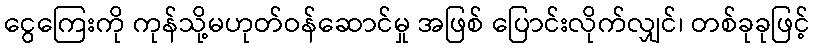
ငွေကြေးကို ကုန်သို့မဟုတ်ဝန်ဆောင်မှု အဖြစ် ပြောင်းလိုက်လျှင်၊ တစ်ခုခုဖြင့်